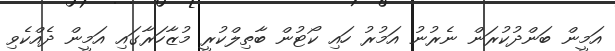
އަމީން ބަންދުކުރަން ނެރުނު އަމުރު ހައި ކޯޓުން ބާތިލްކުރީ މުޒާހަރާގައި އަމީން ދެއްކެވި